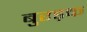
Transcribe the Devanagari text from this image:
बुरड़क